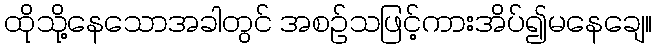
ထိုသို့နေသောအခါတွင် အစဉ်သဖြင့်ကားအိပ်၍မနေချေ။